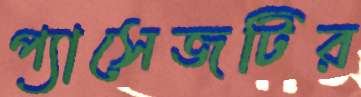
প্যাসেজটির